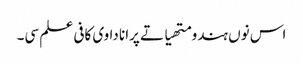
اس نوں ہندو متھیا تے پرانا دا وی کافی علم سی۔